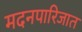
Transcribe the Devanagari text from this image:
मदनपारिजात